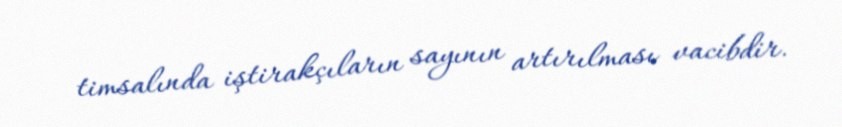
timsalında iştirakçıların sayının artırılması vacibdir.